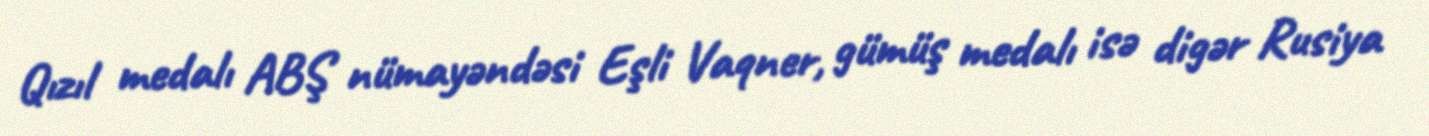
Qızıl medalı ABŞ nümayəndəsi Eşli Vaqner, gümüş medalı isə digər Rusiya